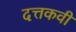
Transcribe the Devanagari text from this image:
दत्तकवी